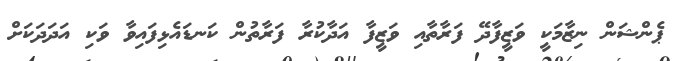
ޕެންޝަން ނިޒާމަކީ ވަޒީފާދޭ ފަރާތާއި ވަޒީފާ އަދާކުރާ ފަރާތުން ކަނޑައެޅިފައިވާ ވަކި އަދަދަކަށް